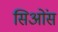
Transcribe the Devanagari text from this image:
सिओंस